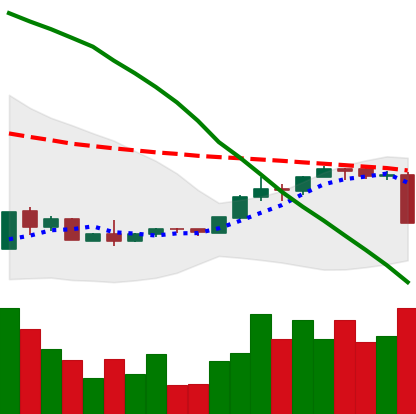
Ticker: EOS-USD
Chart end date: 2018-09-05
Forward return: -3.513%
Label: down_3_5